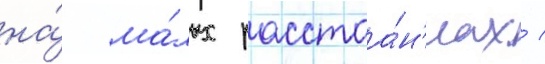
на́ ма́лых расстоа́н'иах /